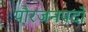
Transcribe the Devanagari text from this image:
पौरजनपदों